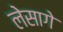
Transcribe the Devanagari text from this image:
लेसागे